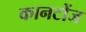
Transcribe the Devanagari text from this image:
कानटोंज